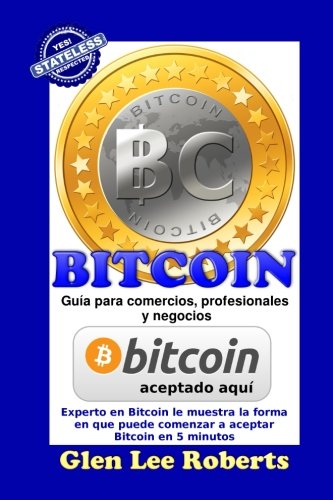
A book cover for BITCOIN: Guia para comercios, profesionales y negocios (Spanish Edition); Glen Lee Roberts; Computers & Technology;